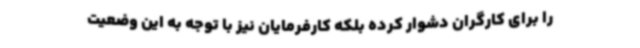
را برای کارگران دشوار کرده بلکه کارفرمایان نیز با توجه به این وضعیت